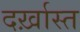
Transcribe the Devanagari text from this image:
दर्ख़ास्त